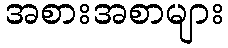
အစားအစာများ